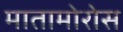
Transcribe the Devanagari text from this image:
मातामोरोस